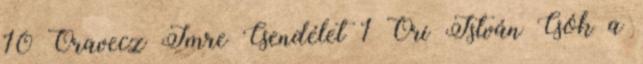
10 Oravecz Imre Csendélet 1 Őri István Csók a